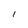
Character: l